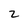
Character: 2